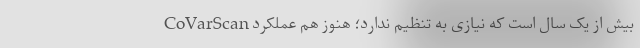
CoVarScan بیش از یک سال است که نیازی به تنظیم ندارد؛ هنوز هم عملکرد